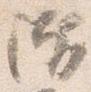
階